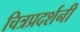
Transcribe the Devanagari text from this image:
चित्रप्रदर्शनी